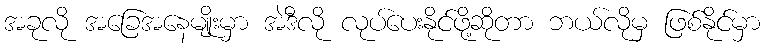
အခုလို အခြေအနေမျိုးမှာ အဲဒီလို လုပ်ပေးနိုင်ဖို့ဆိုတာ ဘယ်လိုမှ ဖြစ်နိုင်မှာ